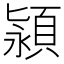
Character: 𬱄